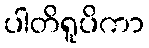
ပါတိရူပိကာ